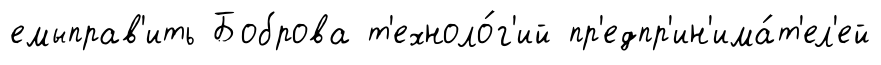
емыправ'ить Боброва т'ехноло́г'ий пр'едпр'ин'има́т'ел'ей